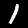
Label: 1